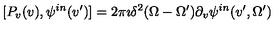
[ P _ { v } ( v ) , \psi ^ { i n } ( v ^ { \prime } ) ] = 2 \pi \imath \delta ^ { 2 } { ( \Omega - \Omega ^ { \prime } ) } \partial _ { v } \psi ^ { i n } ( v ^ { \prime } , \Omega ^ { \prime } )